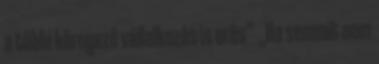
a többi környezô vállalkozás is erôs” „Ha semmit nem